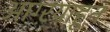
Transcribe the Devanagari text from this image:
आग्ऱयाहून